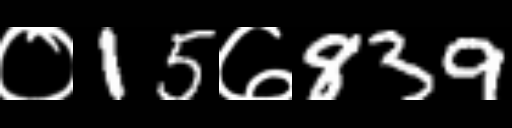
Text: ०15७839